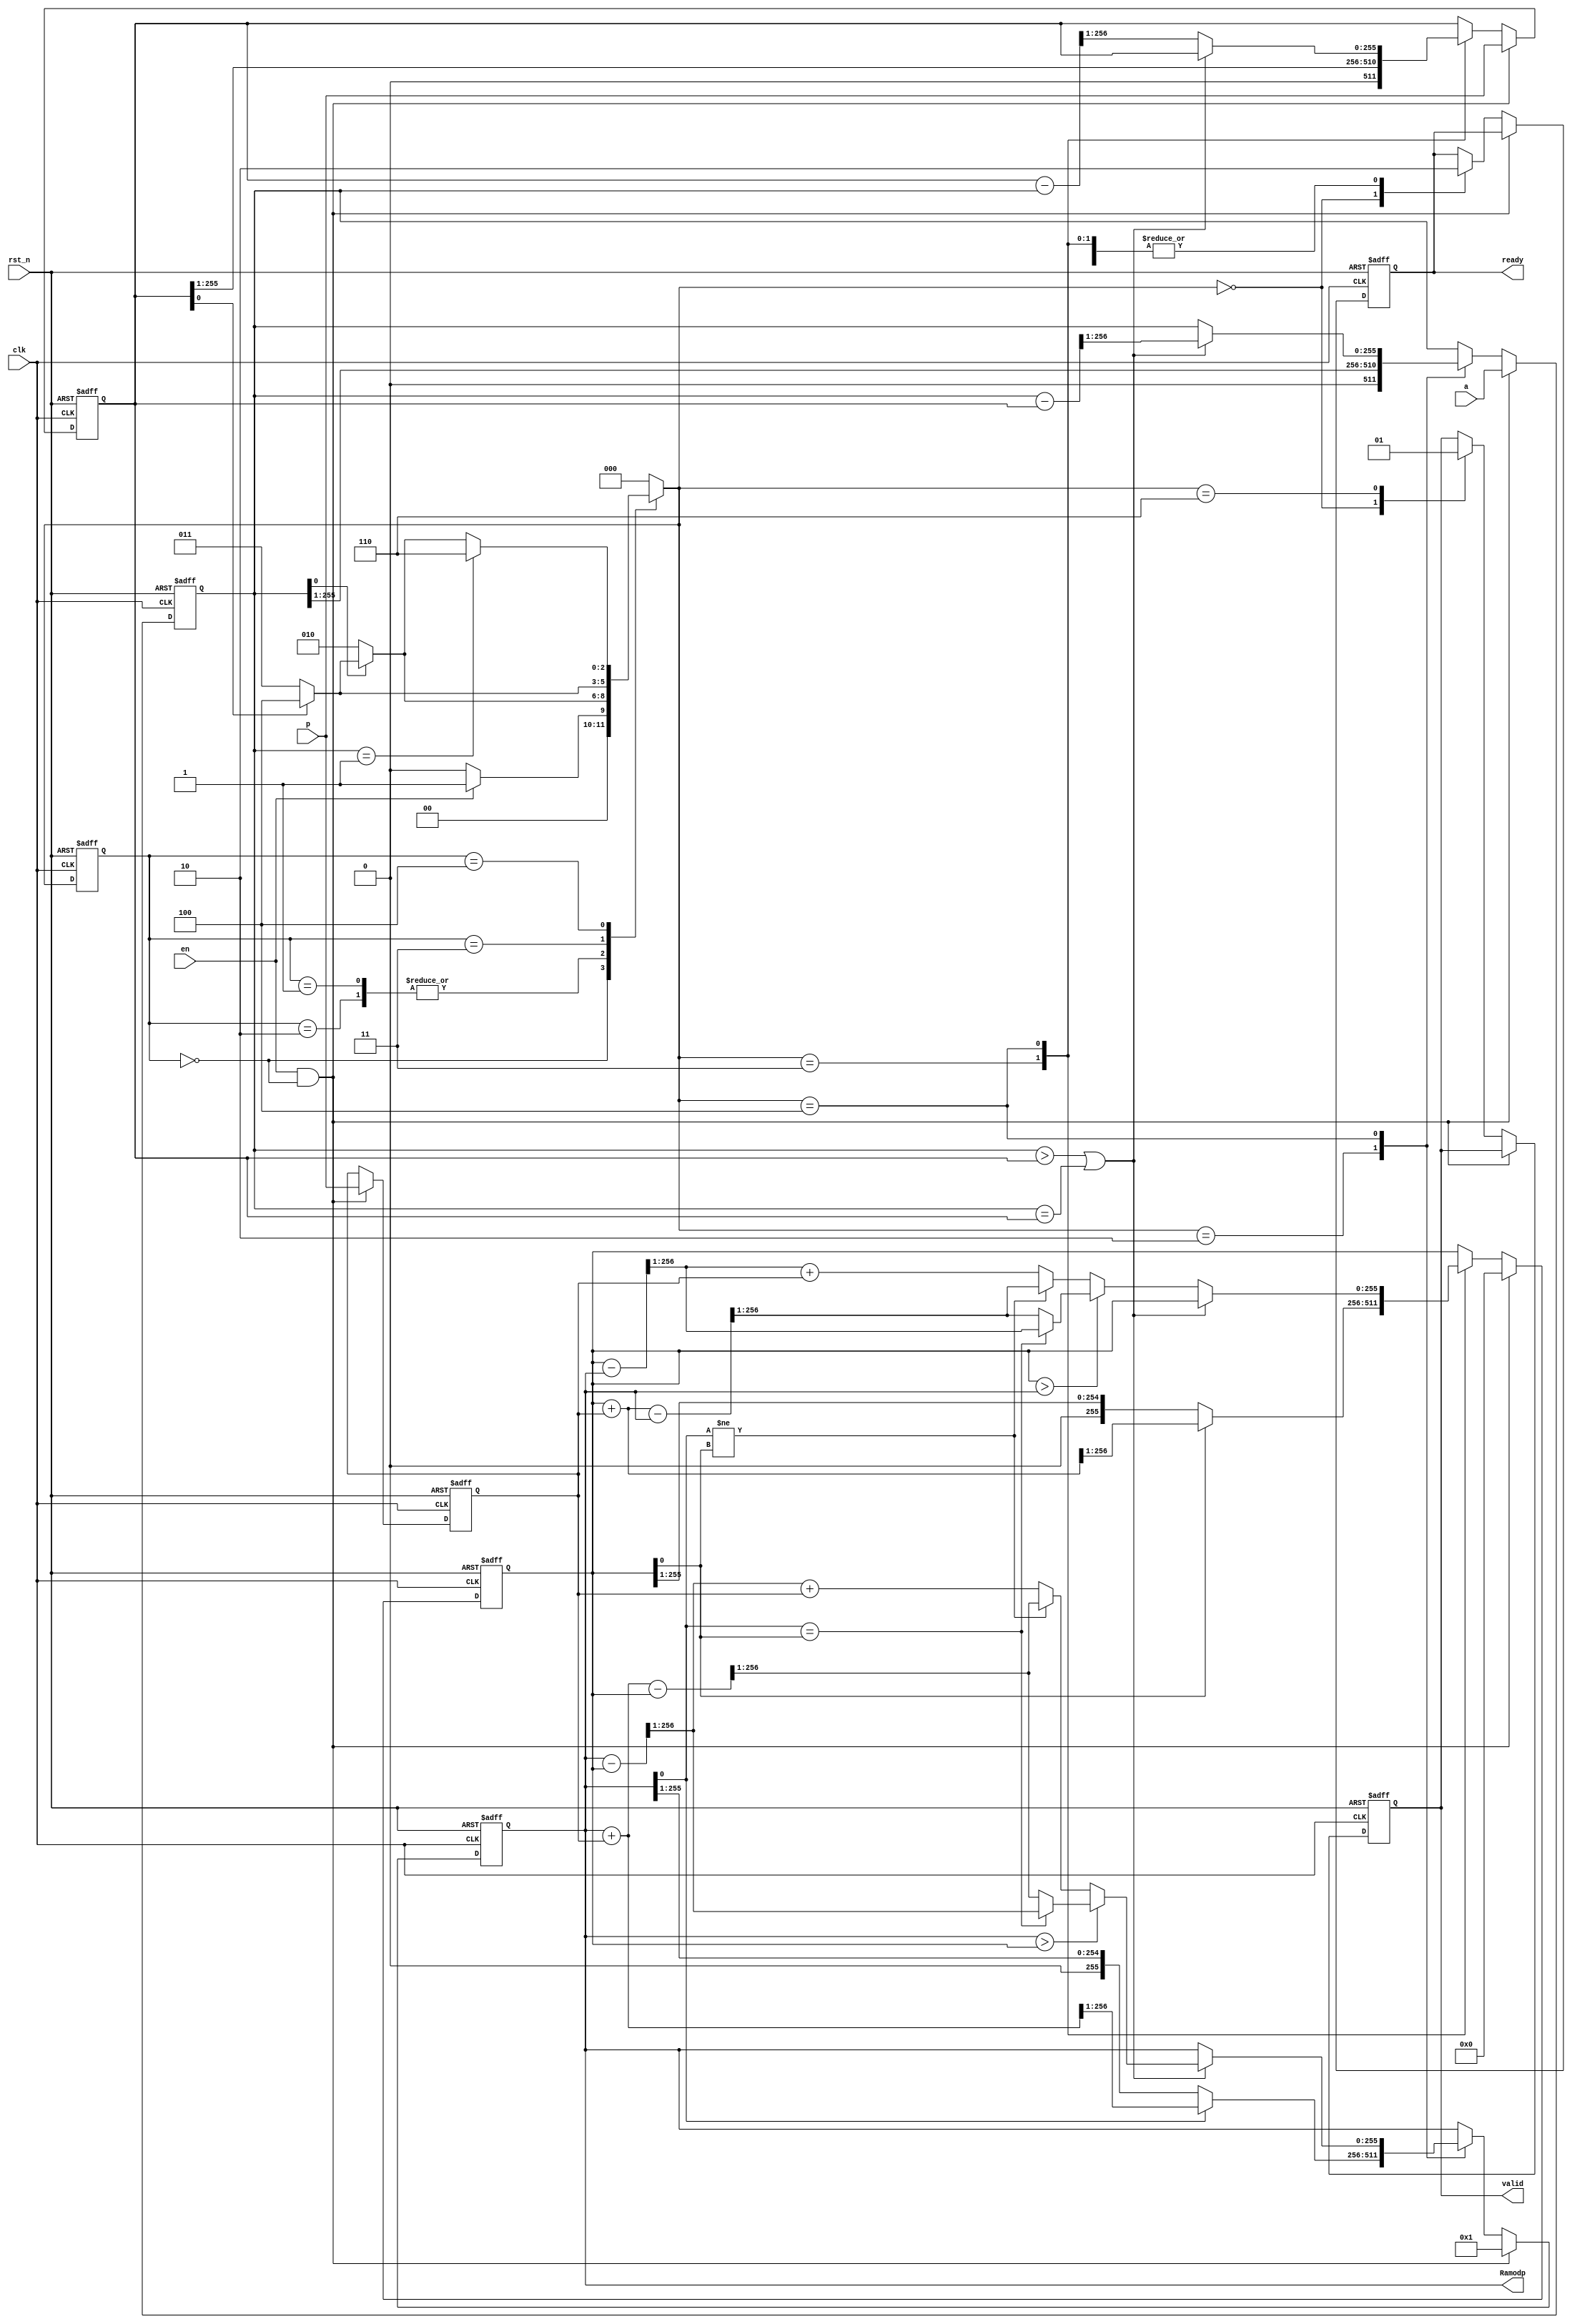
module ReverseMod_test #(
    parameter WIDTH=256
)(
    input                  clk,
    input                  rst_n, // asyn
    input   [WIDTH-1:0]    p,
    input   [WIDTH-1:0]    a,
    input                  en, //pulse, p and a are ready
    output  reg            valid, //pulse, module is valid
    output  reg            ready, //pulse, module is read              
    output  reg [WIDTH-1:0]    Ramodp
);

reg [WIDTH-1:0] u_temp;
reg [WIDTH-1:0] v_temp;
reg [WIDTH-1:0] x_temp;
reg [WIDTH-1:0] y_temp;
reg [WIDTH-1:0] p_temp;


reg [WIDTH:0] temp0;
reg [WIDTH:0] temp1;

reg [WIDTH:0] temp2;
reg [WIDTH:0] temp3;
reg [WIDTH:0] temp4;
reg [WIDTH:0] temp5;
reg [WIDTH:0] temp6;
reg [WIDTH:0] temp7;

parameter IDLE      = 3'd0;
parameter START     = 3'd1;
parameter S0        = 3'd2;
parameter S1        = 3'd3;
parameter S2        = 3'd4;
parameter S3        = 3'd5;
parameter DONE      = 3'd6;


reg [2:0] curr_state;
reg [2:0] next_state;

always@(*) begin 
    temp0 = x_temp + p_temp;
    temp1 = y_temp + p_temp;
    temp2 = x_temp - y_temp;
    temp3 = x_temp + p_temp - y_temp;
    temp4 = y_temp - x_temp;
    temp5 = y_temp + p_temp - x_temp;
    temp6 = u_temp - v_temp;
    temp7 = v_temp - u_temp;
//    if(u_temp == 'd1) begin 
 //       Ramodp = y_temp;
//    end else begin 
        Ramodp = x_temp;        
//    end
end

always@(posedge clk or negedge rst_n) begin 
    if(~rst_n) begin 
        u_temp <= 0;
        v_temp <= 0;
        x_temp <= 0;
        y_temp <= 0;
        p_temp <= 0;
        valid <= 0;
        ready <= 0;
    end else if(en && (curr_state == IDLE)) begin 
        u_temp <= a;
        v_temp <= p;
        x_temp <= 'd1;
        y_temp <= 'd0;
        p_temp <= p;        
    end else begin 
        case(next_state)
            IDLE: begin 
                valid <= 0;
                ready <= 1;
            end
            S0: begin
                ready <= 0;
                u_temp <= {1'b0,u_temp[WIDTH-1:1]};
                if(x_temp[0] == 1'b0) begin 
                    x_temp <= {1'b0, x_temp[WIDTH-1:1]};
                end else begin 
                    x_temp <= temp0[WIDTH:1];
                end
            end 
            S1: begin
                ready <= 0;
                v_temp <= {1'b0,v_temp[WIDTH-1:1]};
                if(y_temp[0] == 1'b0) begin 
                    y_temp <= {1'b0, y_temp[WIDTH-1:1]};
                end else begin 
                    y_temp <= temp1[WIDTH:1];
                end
            end
            S2: begin 
                ready <= 0;
                if((u_temp > v_temp) || (u_temp == v_temp)) begin 
                    u_temp <= temp6[WIDTH:1];
                    if(x_temp > y_temp) begin
                        if(x_temp[0] == y_temp[0]) begin 
                            x_temp <= temp2[WIDTH:1];
                        end else begin 
                            x_temp <= temp3[WIDTH:1];                            
                        end
                    end else begin
                        if(x_temp[0] != y_temp[0]) begin
                            x_temp <= temp3[WIDTH:1];
                        end else begin 
                            x_temp <= temp2[WIDTH:1] + p_temp;                             
                        end
                    end
                end else begin 
                    v_temp <= temp7[WIDTH:1];
                    if(y_temp > x_temp) begin 
                        if(x_temp[0] == y_temp[0]) begin
                            y_temp <= temp4[WIDTH:1];
                        end else begin 
                            y_temp <= temp5[WIDTH:1];                            
                        end
                    end else begin 
                        if(x_temp[0] != y_temp[0]) begin
                            y_temp <= temp5[WIDTH:1];
                        end else begin 
                            y_temp <= temp4[WIDTH:1] + p_temp;                            
                        end                    
                    end
                end
            end
            DONE: begin 
                ready <= 0;
                valid <= 1;
            end
        endcase
    end
end

always@(posedge clk or negedge rst_n) begin 
    if(~rst_n) begin
        curr_state <= IDLE;
    end else begin 
        curr_state <= next_state;
    end
end

always@(*) begin 
    case(curr_state)
        IDLE: begin 
            if(en) begin 
                next_state = START;
            end else begin 
                next_state = IDLE;
            end
        end
        START: begin 
            if(u_temp[0] == 1'b0) begin 
                next_state = S0;
            end else if(v_temp[0] == 1'b0) begin 
                next_state = S1;
            end else begin 
                next_state = S2;
            end
        end
        S0: begin
            if(u_temp[0] == 1'b0) begin 
                next_state = S0;
            end else if(v_temp[0] == 1'b0) begin 
                next_state = S1;
            end else begin 
                next_state = S2;
            end
        end
        S1: begin 
            if(v_temp[0] == 1'b0) begin 
                next_state = S1;
            end else begin 
                next_state = S2;
            end
        end
        S2: begin 
            if(u_temp == 'd1) begin 
                next_state = DONE;
            end else if(u_temp[0] == 1'b0) begin 
                next_state = S0;
            end else if(v_temp[0] == 1'b0) begin 
                next_state = S1;
            end else begin 
                next_state = S2;
            end
        end
        DONE: begin 
            next_state = IDLE;
        end 
        default: begin 
            next_state = IDLE;
        end
    endcase
end

endmodule